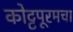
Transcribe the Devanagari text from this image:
कोट्टपूरमचा